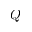
Q